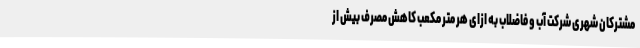
مشترکان شهری شرکت آب و فاضلاب به ازای هر متر مکعب کاهش مصرف بیش از